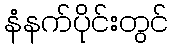
နံနက်ပိုင်းတွင်